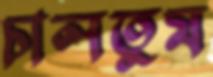
চালতুম